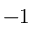
- 1